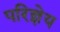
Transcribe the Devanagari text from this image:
परिज्ञेय